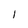
Character: l